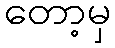
တော့မှ